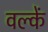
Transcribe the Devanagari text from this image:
वल्कें